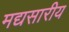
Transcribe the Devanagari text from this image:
मद्यसारीय